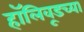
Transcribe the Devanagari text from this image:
हॉलिवूडच्या